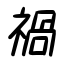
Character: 禍